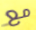
مع